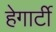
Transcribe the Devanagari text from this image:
हेगार्टी